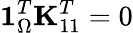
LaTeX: \mathbf{1}_{\Omega}^{T}\mathbf{K}_{11}^{T}=0